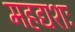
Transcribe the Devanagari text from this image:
महद्यशः